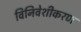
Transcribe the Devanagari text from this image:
विनिवेशीकरण